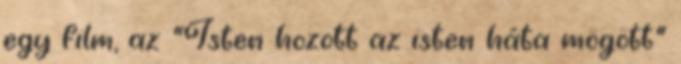
egy film, az "Isten hozott az isten háta mögött"